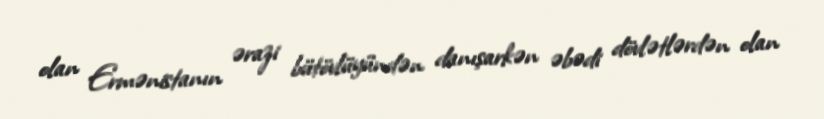
olan Ermənistanın ərazi bütövlüyündən danışarkən əbədi dövlətlərdən olan